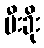
မီးခိုး